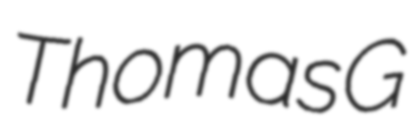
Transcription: Thomas G